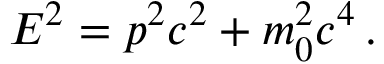
E ^ { 2 } = p ^ { 2 } c ^ { 2 } + m _ { 0 } ^ { 2 } c ^ { 4 } \, .